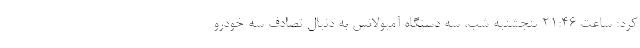
کرد: ساعت ۲۱:۴۶ پنجشنبه شب، سه دستگاه آمبولانس به دنبال تصادف سه خودرو